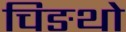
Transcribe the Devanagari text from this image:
चिङथो